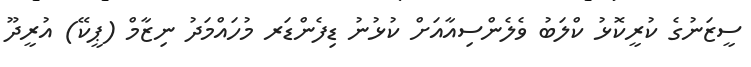
ސީޒަނުގެ ކުރީކޮޅު ކްލަބު ވެލެންސިއާއަށް ކުޅުނު ޑިފެންޑަރ މުހައްމަދު ނިޒާމް (ޕީކޭ) އުރީދޫ